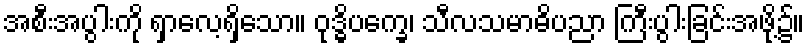
အစီးအပွါးကို ရှာလေ့ရှိသော။ ဝုဒ္ဓိပက္ခေ၊ သီလသမာဓိပညာ ကြီးပွါးခြင်းအဖို့၌။